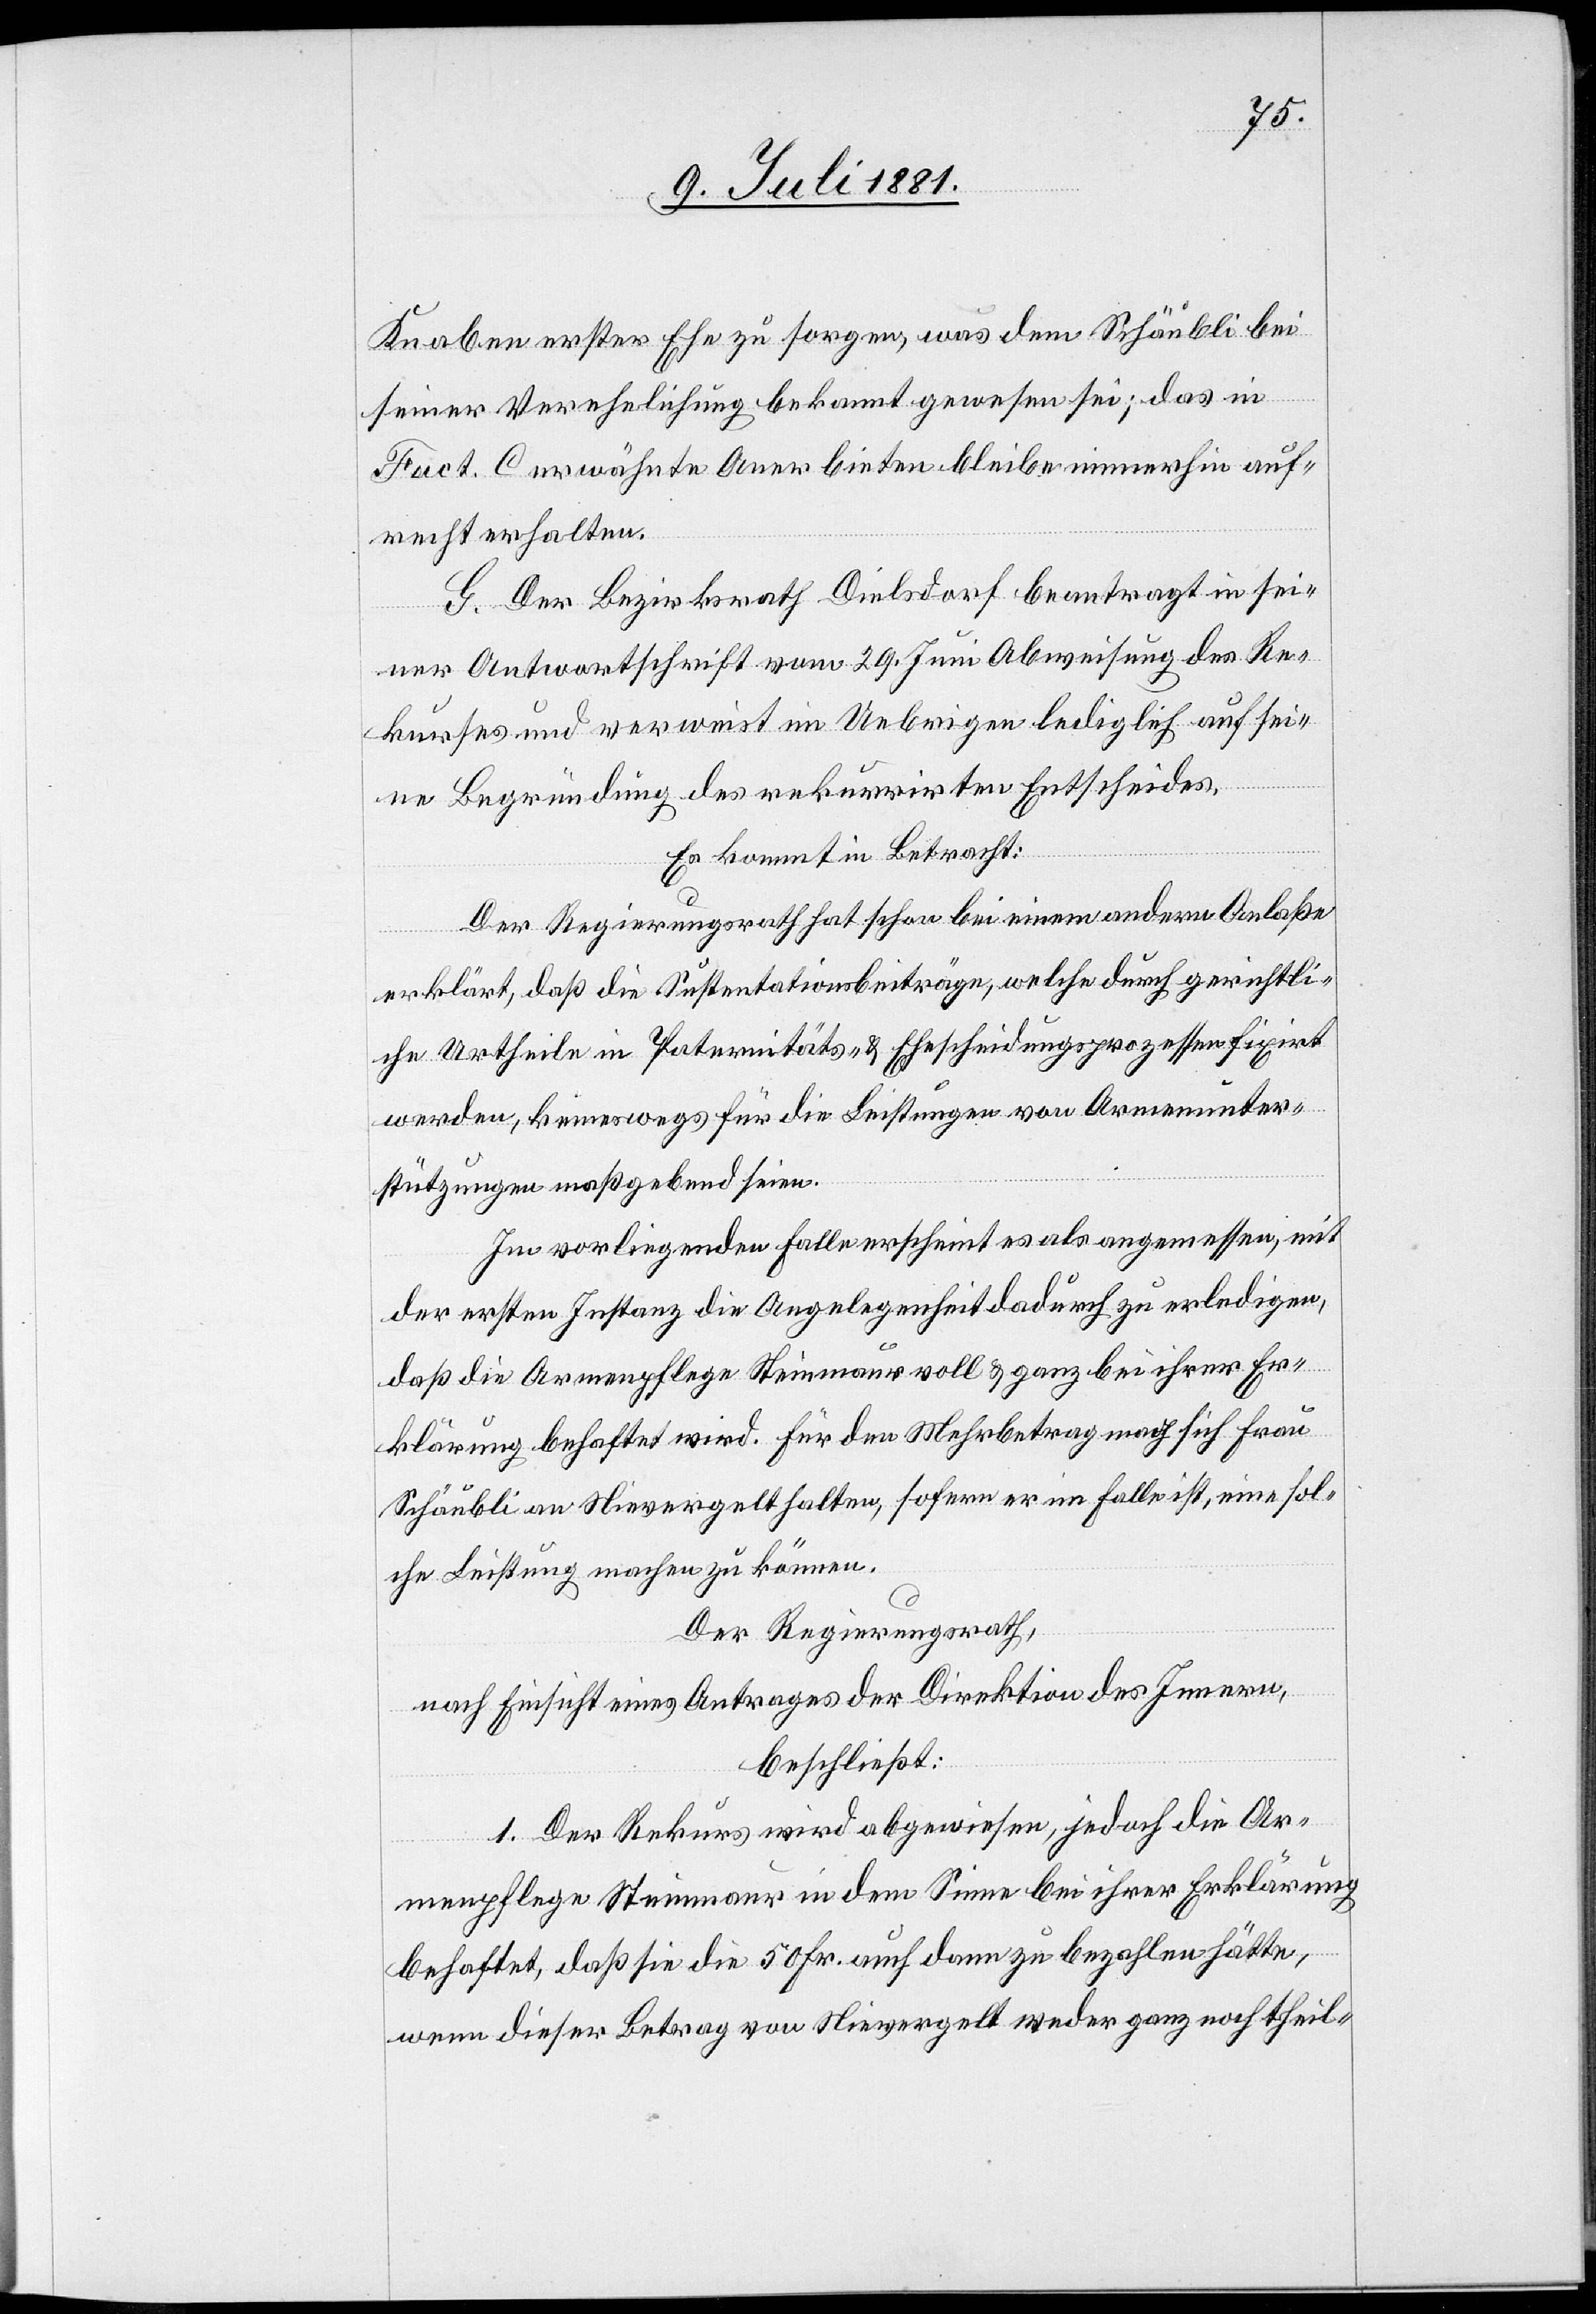
Knaben erster Ehe zu sorgen, was dem Schäubli bei
seiner Verehelichung bekannt gewesen sei; das in
Fact. C erwähnte Anerbieten bleibe immerhin auf¬
recht erhalten.
G. Der Bezirksrath Dielsdorf beantragt in sei¬
ner Antwortschrift vom 29. Juni Abweisung des Re¬
kurses und verweist im Uebrigen lediglich auf sei¬
ne Begründung des rekurrirten Entscheides.
Es kommt in Betracht:
Der Regierungsrath hat schon bei einem andern Anlaße
erklärt, daß die Sustentationsbeiträge, welche durch gerichtli¬
che Urtheile in Paternitäts- & Ehescheidungsprozessen fixirt
werden, keineswegs für die Leistungen von Armenunter¬
stützungen maßgebend seien.
Im vorliegenden Falle erscheint es als angemessen, mit
der ersten Instanz die Angelegenheit dadurch zu erledigen,
daß die Armenpflege Steinmaur voll & ganz bei ihrer Er¬
klärung behaftet wird. Für den Mehrbetrag nach mag sich Frau
Schäubli an Nievergelt halten, sofern er im Falle ist, eine sol¬
che Leistung machen zu können.
Der Regierungsrath,
nach Einsicht eines Antrages der Direktion des Innern,
beschließt:
1. Der Rekurs wird abgewiesen, jedoch die Ar¬
menpflege Steinmaur in dem Sinne bei ihrer Erklärung
behaftet, daß sie die 50 Fr. auch dann zu bezahlen hätte,
wenn dieser Betrag von Nievergelt weder ganz noch theil-